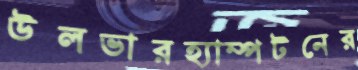
উলভারহ্যাম্পটনের